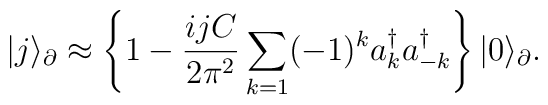
|j \rangle_\partial \approx \left\lbrace 1-\frac{ijC}{2\pi^2} \sum_{k=1} (-1)^k a^\dagger_k a^\dagger_{-k} \right\rbrace |0 \rangle_\partial.